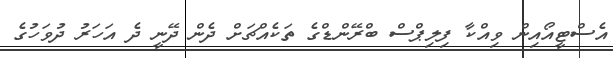
އެސްޓީއޯއިން ވިއްކާ ފިލިޕްސް ބްރޭންޑްގެ ތަކެއްޗަށް ދެން ދޭނީ ދެ އަހަރު ދުވަހުގެ